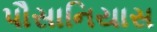
પૌસાનિયાસ